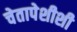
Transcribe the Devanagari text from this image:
चेतापेशीशी